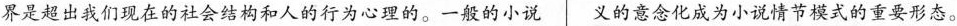
界是超出我们现在的社会结构和人的行为心理的。一般的小说 义的意念化成为小说情节模式的重要形态。